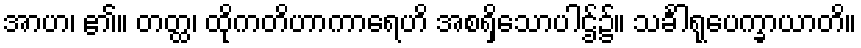
အာဟ၊ ၏။ တတ္ထ၊ ထိုကတိဟာကာရေဟိ အစရှိသောပါဌ်၌။ သင်္ခါရုပေက္ခာယာတိ။